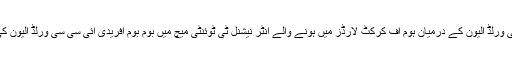
ویسٹ انڈیز اور آئی سی سی ورلڈ الیون کے درمیان ہوم آف کرکٹ لارڈز میں ہونے والے انٹر نیشنل ٹی ٹوئنٹی میچ میں بوم بوم آفریدی آئی سی سی ورلڈ الیون کی ٹیم کی قیادت کریں گے ۔